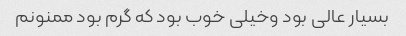
بسیار عالی بود وخیلی خوب بود که گرم بود ممنونم